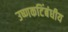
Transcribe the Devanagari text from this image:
उष्णकटिंबंधीय